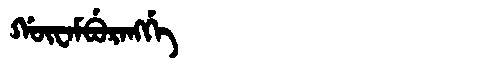
Manchu: ᡤᡡᠸᠠᠮᠪᡠᡵᠠᠩᡤᡝ
Romanization: GŪWAMBURANGGE